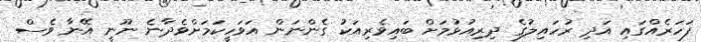
ފަހަރެއްގައި އަދި ރުހައިލުގެ ދިރިއުޅުމަށް ބައިވެރިއަކު ގެންނަން އަވަހީކަމަށްވެދާނެ ނޫނީ އޭނާ ވެސް